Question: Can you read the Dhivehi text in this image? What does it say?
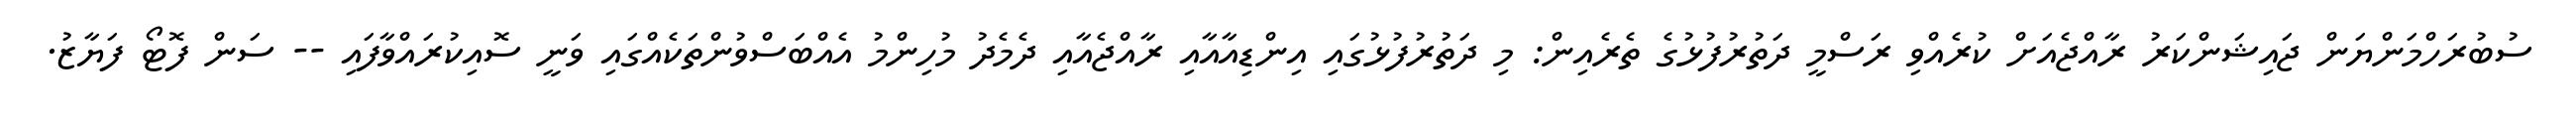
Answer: ސުބުރަހްމަންޔަން ޖައިޝަންކަރު ރާއްޖެއަށް ކުރެއްވި ރަސްމީ ދަތުރުފުޅުގެ ތެރެއިން: މި ދަތުރުފުޅުގައި އިންޑިއާއާއި ރާއްޖެއާއި ދެމެދު މުހިންމު އެއްބަސްވުންތަކެއްގައި ވަނީ ސޮއިކުރައްވާފައި -- ސަން ފޮޓޯ ފަޔާޒު.